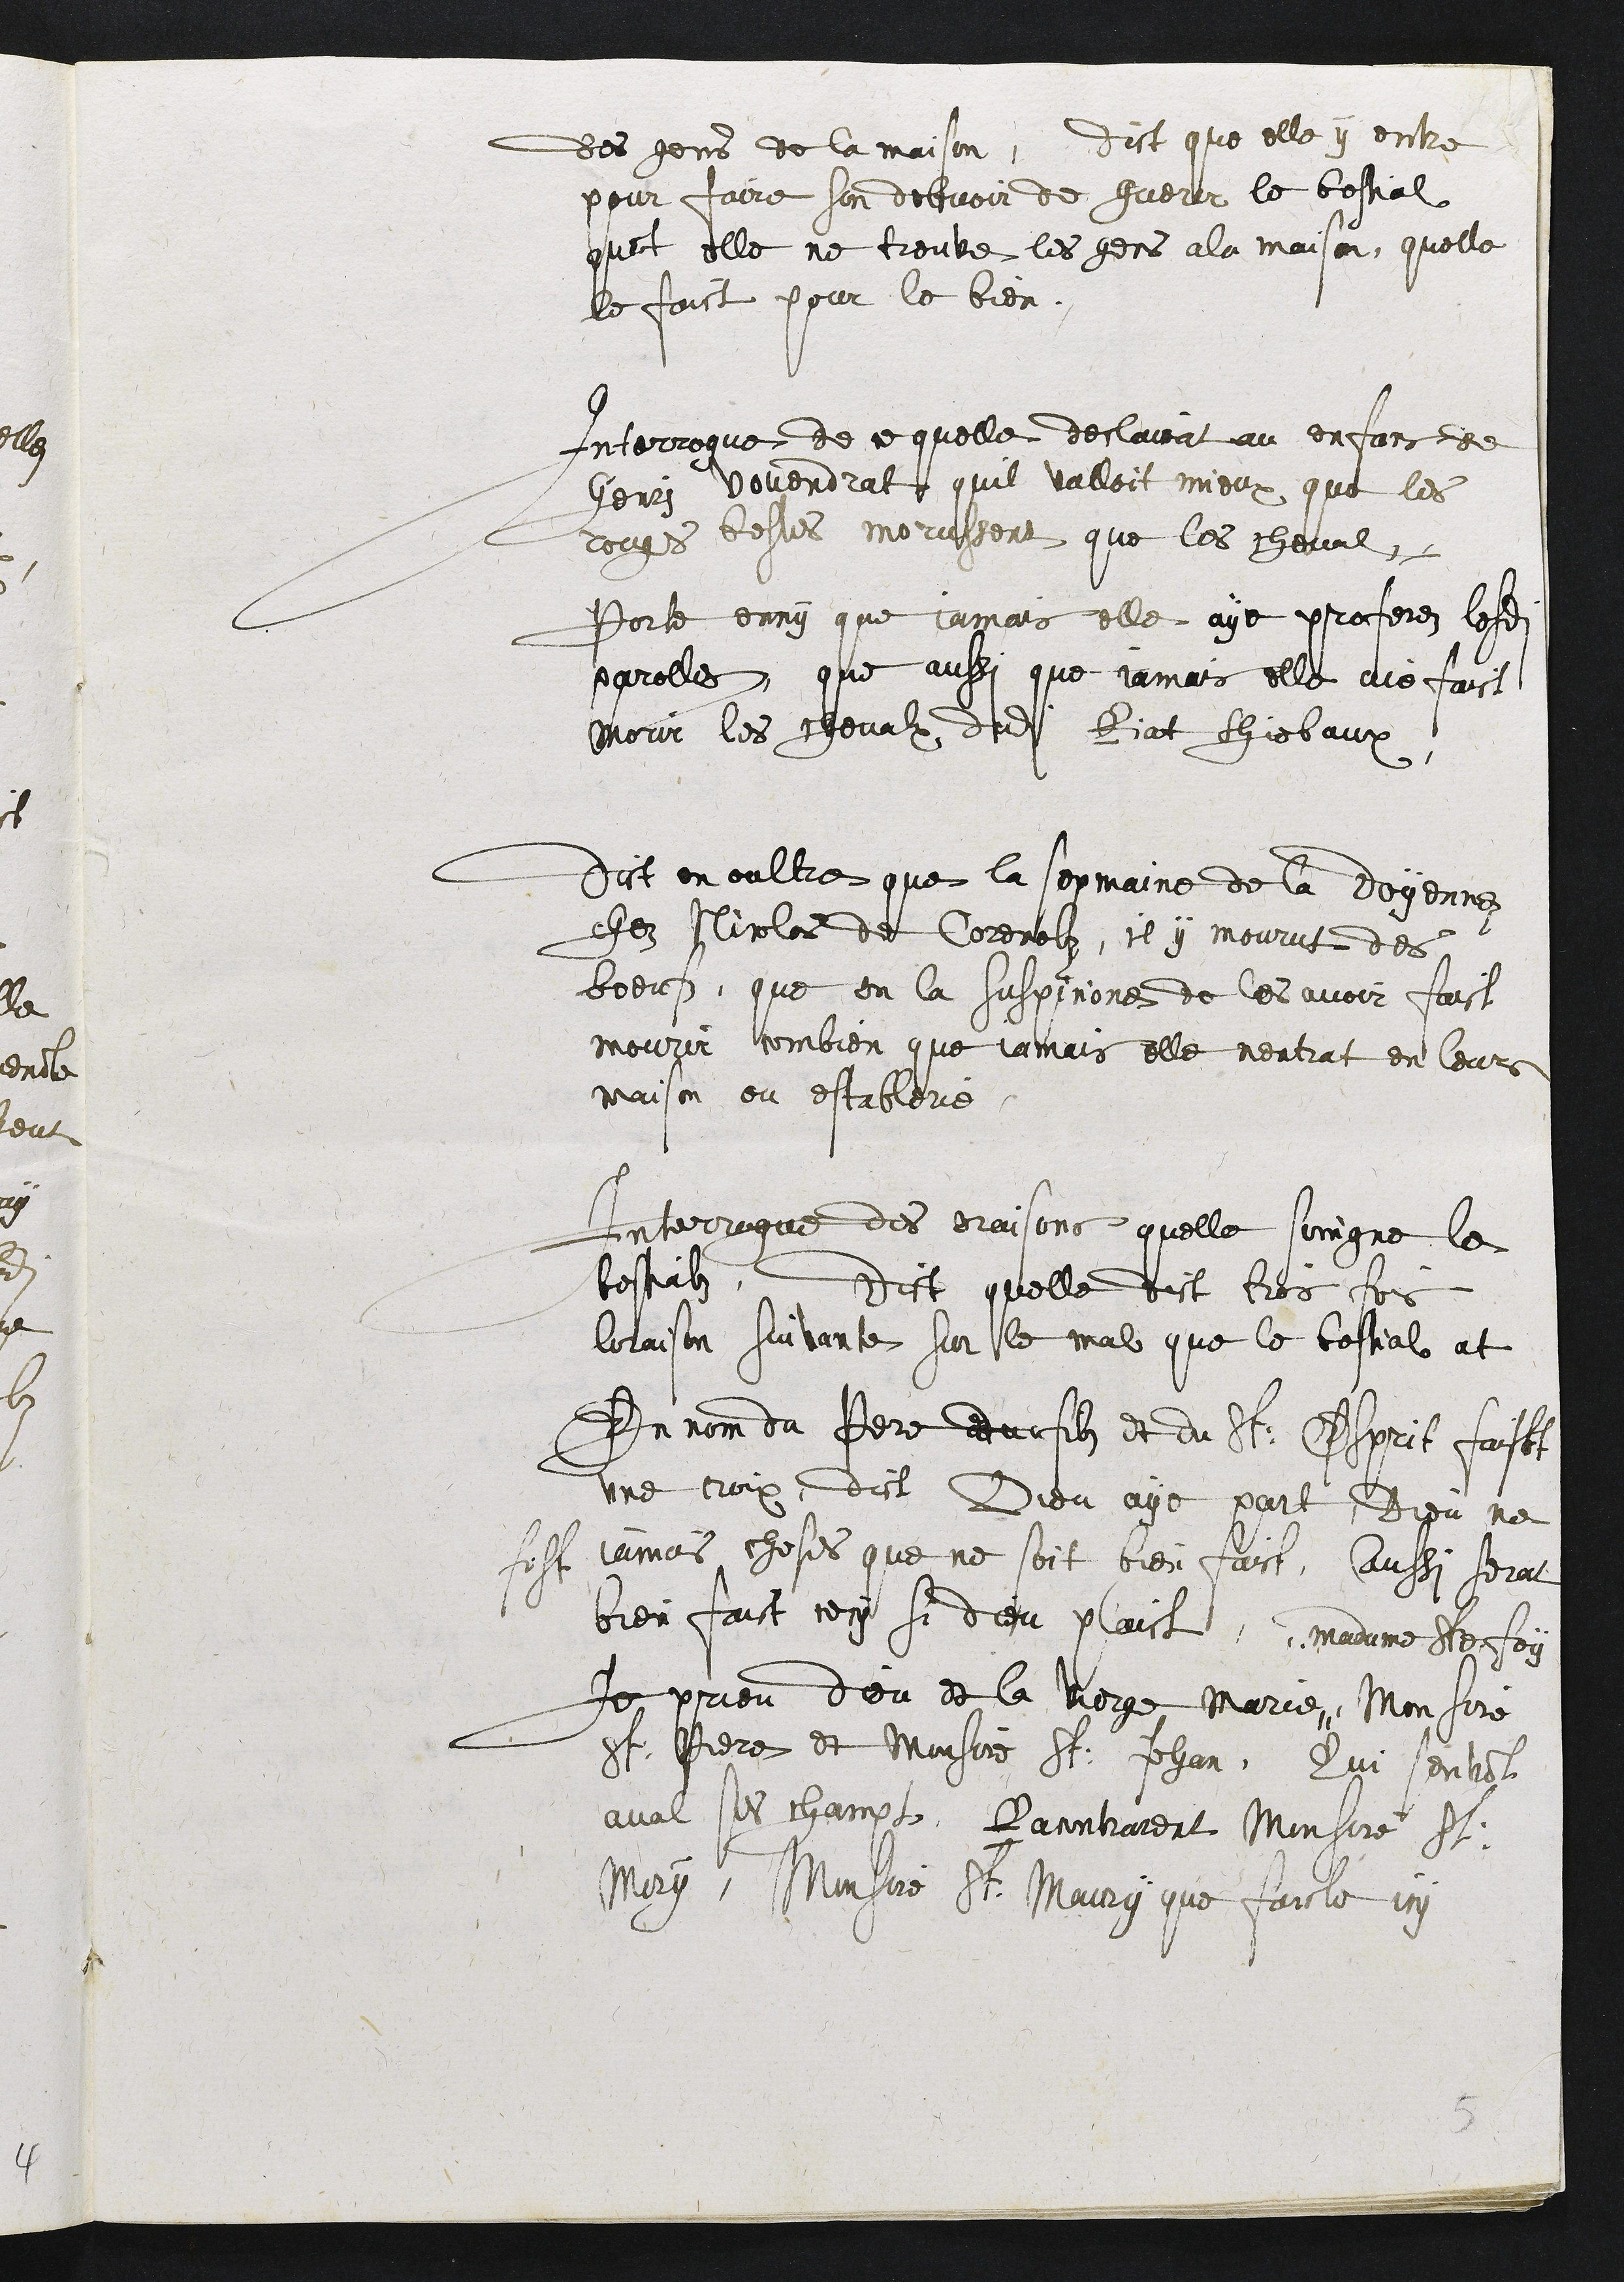
des gens de la maison, Dict que elle y entre
pour faire son debvoir de guerir le bestial
quat elle ne trouve les gens a la maison, quelle
le faict pour le bien.
Interrogué de cequelle declairat au enfans de
Henri vovendrat quil valloit mieux que les
roages bestes morussent que les cheval.
Porte enny que jamais elle aye proferez lesdits
parolles, que aussi que jamais elle aue faict
morir les chevalx dudit Biat fhiebaux
Dict en oultre que la sepmaine de la Doyenne
chéz Nicoles de Corenolz, il y mourut des
boeuf, que en la suspicione de les avoir faict
mourir combien que jamais elle nentrat en leurs
maison ou establere
Interrogué des oraisons quelle soingne le
bestiabz, dict quelle dict trois fois
loraison suivante sur le mal que le bostial at
En nom du Pere ddocufilz et du St. Esprit faist
une croix, dict Dieu aye part, Dieu ne
fist jamais choses que ne soit bien faict, Aaussi serat
bien faict cecy si dieu plaist. Mame hte foy
Je prieu deu de la vorge Marie, Monsire
St Piere et Monsirs St. Jehan, Qui senvant
aval ses champt, Racontrarent Monsire St.
Mory, Monsire St Maury que faicte 14